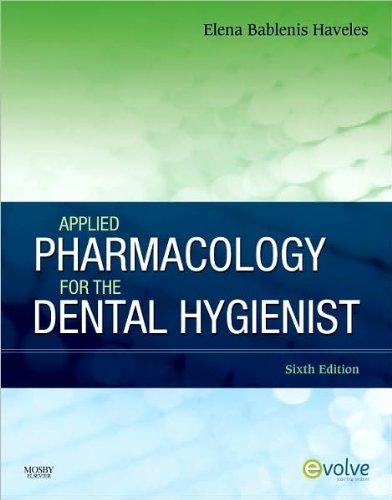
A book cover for E.B.H. BS Pharm Pharm D's Applied Pharmacology 6th (Sixth) edition(Applied Pharmacology for the Dental Hygienist [Paperback])(2010); E.B.H. BS Pharm Pharm D; Medical Books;